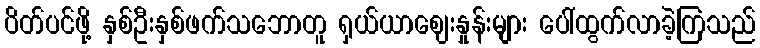
ပိတ်ပင်ဖို့ နှစ်ဦးနှစ်ဖက်သဘောတူ ရှယ်ယာဈေးနှုန်းများ ပေါ်ထွက်လာခဲ့ကြသည်